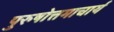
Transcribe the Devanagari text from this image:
पुरुषोत्तमाचार्य